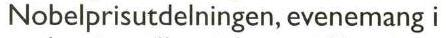
Nobelprisutdelningen, evenemang i